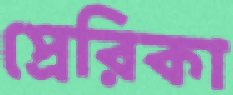
প্রেরিকা